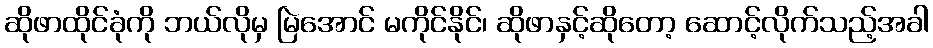
ဆိုဖာထိုင်ခုံကို ဘယ်လိုမှ မြဲအောင် မကိုင်နိုင်၊ ဆိုဖာနှင့်ဆိုတော့ ဆောင့်လိုက်သည့်အခါ